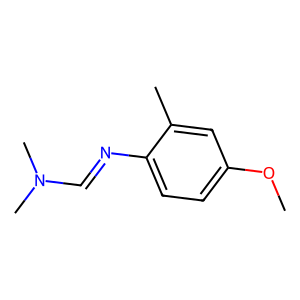
SMILES: COc1ccc(N=CN(C)C)c(C)c1
Inhibits HIV replication: No